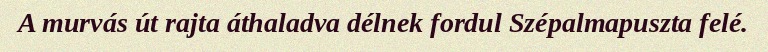
A murvás út rajta áthaladva délnek fordul Szépalmapuszta felé.